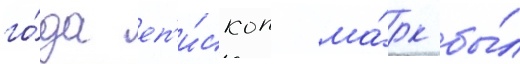
го́да еп'и́скоп ма́рк бы́л